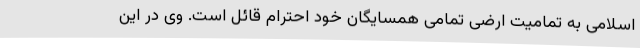
اسلامی به تمامیت ارضی تمامی همسایگان خود احترام قائل است. وی در این